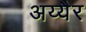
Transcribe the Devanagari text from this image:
अय्यैर